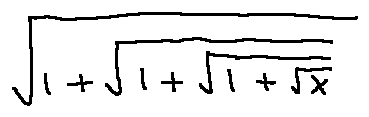
\sqrt { 1 + \sqrt { 1 + \sqrt { 1 + \sqrt { x } } } }